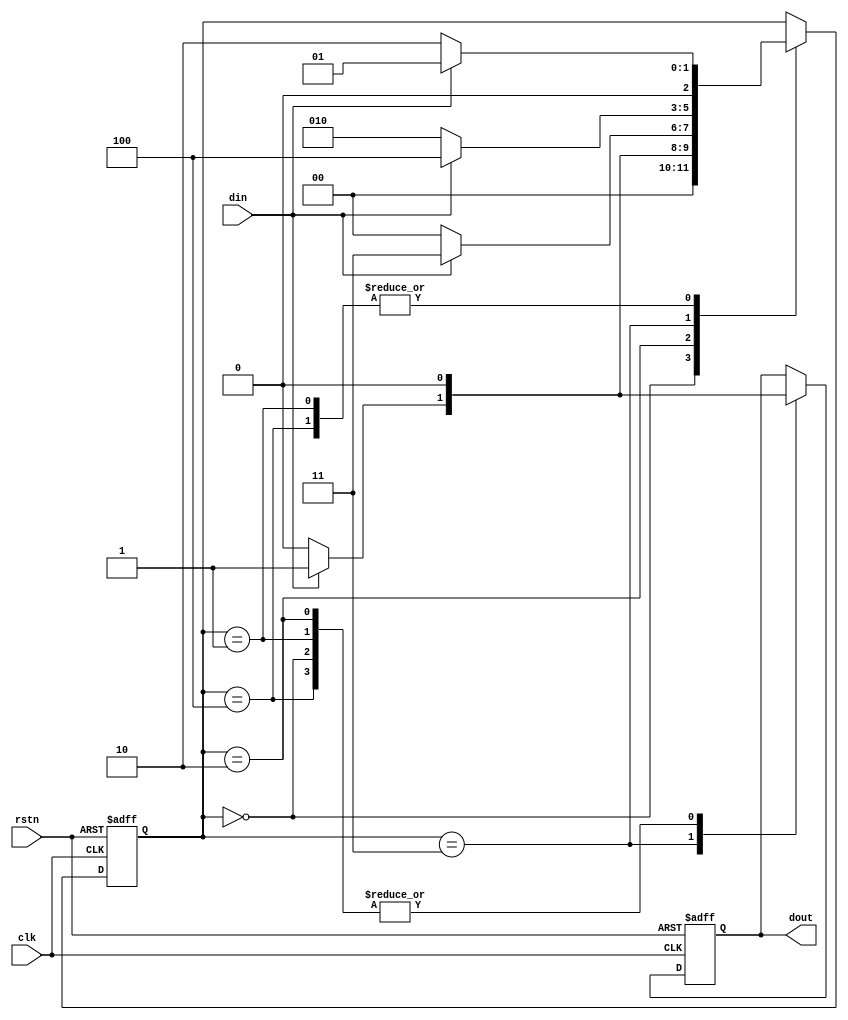
module mealy2( // overlapping "1011"
	input clk,
	input rstn,
	input din,
	output reg dout
);

parameter S0 = 3'd0;
parameter S1 = 3'd1;
parameter S2 = 3'd2;
parameter S3 = 3'd3;
parameter S4 = 3'd4;


reg [2:0] state = S0;

always@(posedge clk or posedge rstn) begin
	if (rstn) begin
		dout <= 1'b0;
		state <= S0;
	end else begin
		case(state)
			S0: begin
				if(din) begin
					dout <= 0;
					state <= S1;
				end else begin
					dout <= 0;
					state<=S0;
				end
			end
			S1: begin
				if(din) begin
					dout <= 0;
					state <= S1;
				end else begin
					dout <= 0;
					state<=S2;
				end
			end
			S2: begin
				if(din) begin
					dout <= 0;
					state <= S3;
				end else begin
					dout <= 0;
					state<=S0;
				end
			end
			S3: begin
				if(din) begin
					dout <= 1;
					state <= S4;
				end else begin
					dout <= 0;
					state<=S2;
				end
			end
			S4: begin
				if(din) begin
					dout <= 0;
					state <= S1;
				end else begin
					dout <= 0;
					state<=S2;
				end
			end
		endcase
	end
end

endmodule